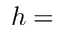
h =